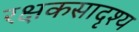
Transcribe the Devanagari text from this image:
रक्षकसादृश्य